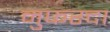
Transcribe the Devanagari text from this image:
मुफरदा